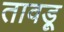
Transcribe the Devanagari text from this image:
तावड़ू